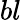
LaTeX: bl